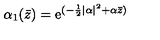
\alpha _ { 1 } ( \bar { z } ) = \mathrm { e } ^ { ( - \frac 1 2 \vert \alpha \vert ^ { 2 } + \alpha { \bar { z } } ) }